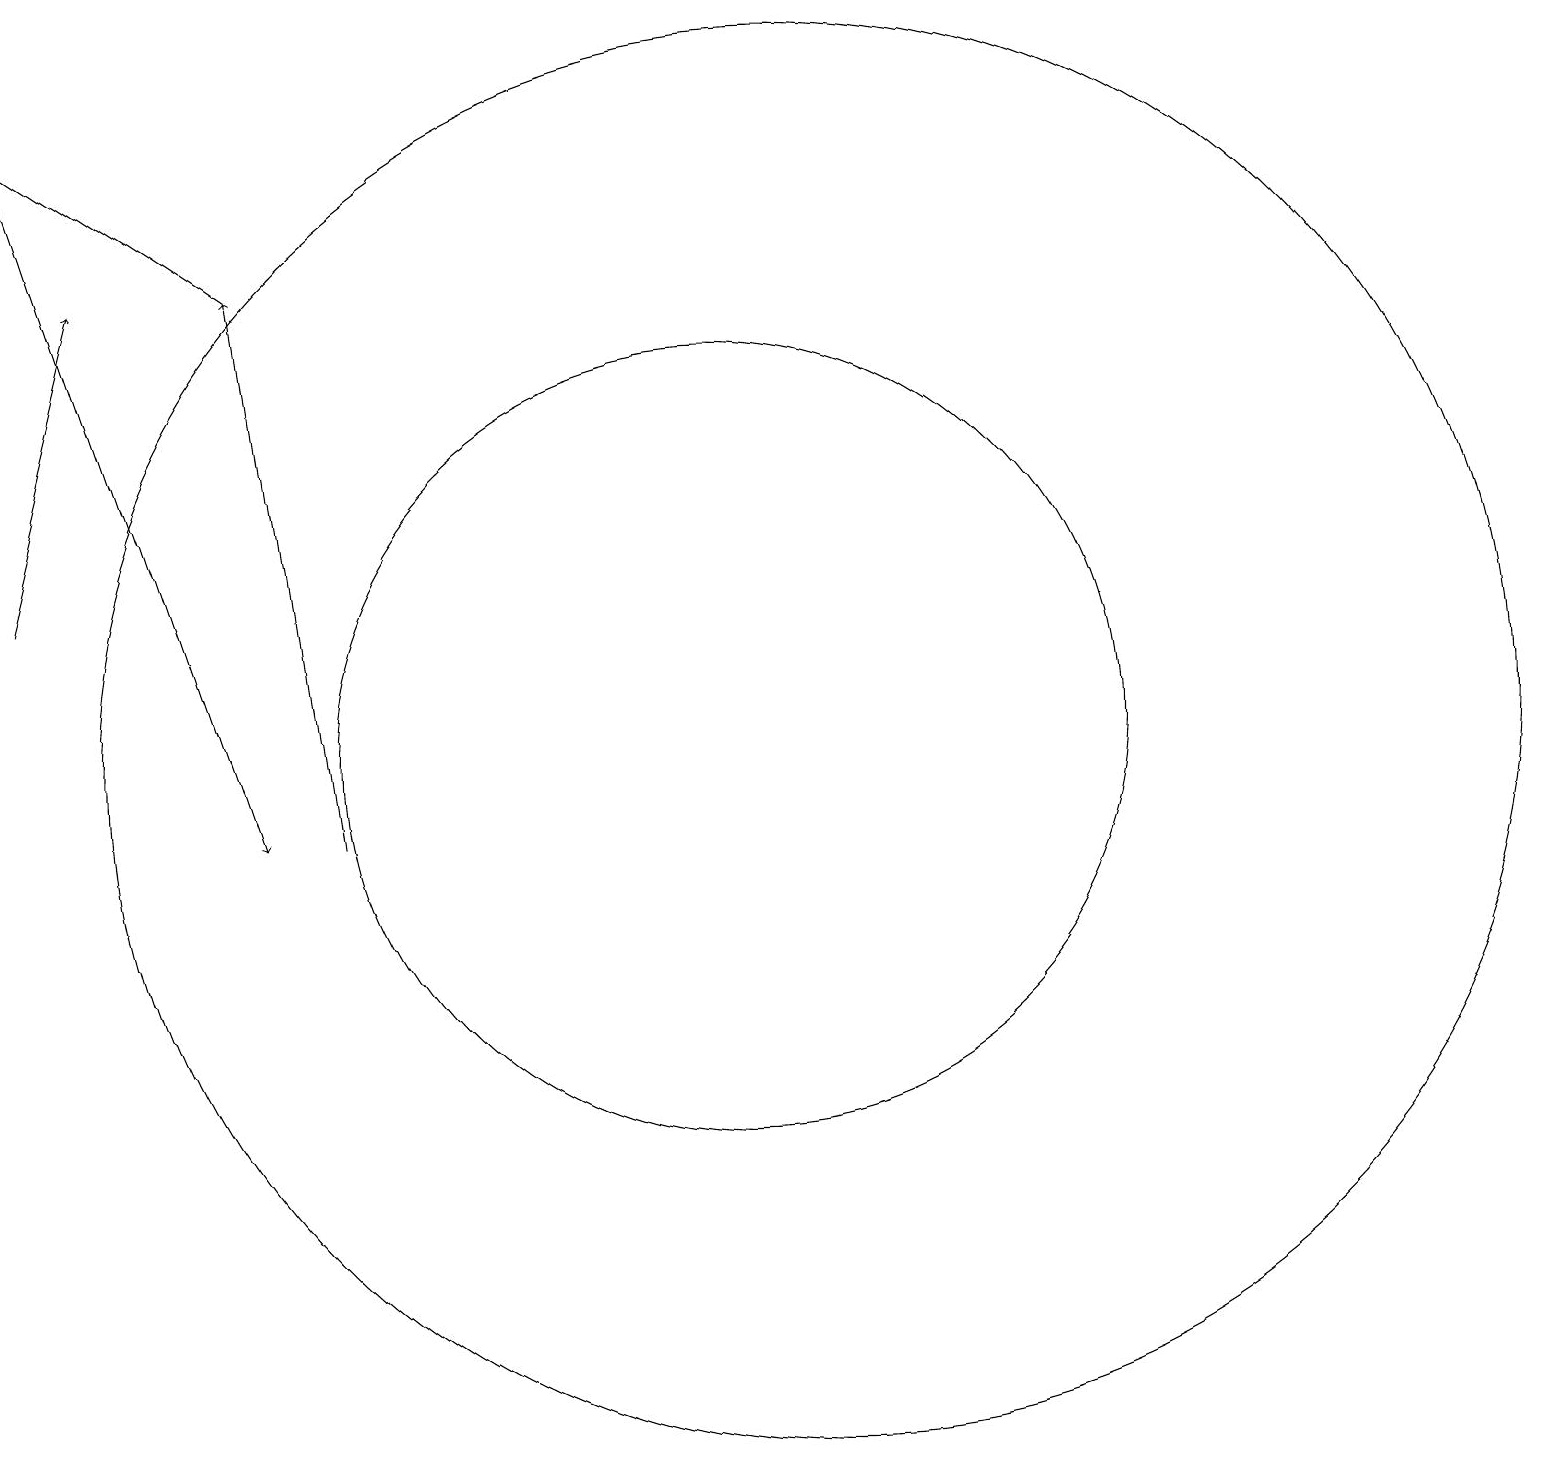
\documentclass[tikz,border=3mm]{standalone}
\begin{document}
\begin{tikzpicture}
\draw (10,11) circle (5);
\draw[->] (4,17) -- (1,19);
\draw[->] (1,13) -- (2,17);
\draw[->] (5,10) -- (4,17);
\draw[->] (1,19) -- (4,10);
\draw (11,11) circle (9);
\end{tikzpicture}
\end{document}